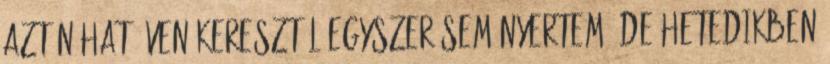
aztán hat éven keresztül egyszer sem nyertem. De hetedikben